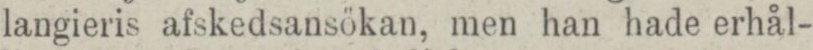
langieris afskedsansökan, men han hade erhål-